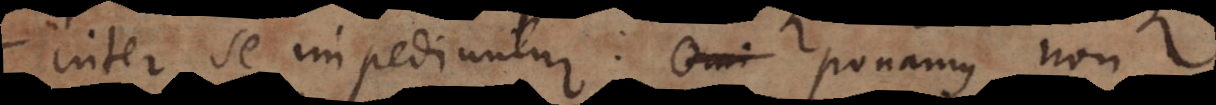
inter se impediuntur. Omi Ponamus non